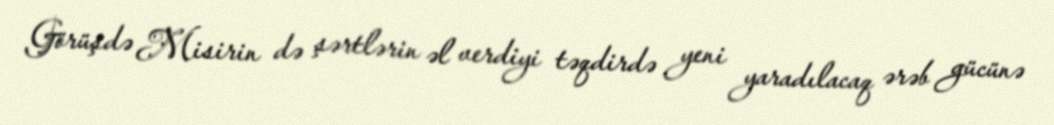
Görüşdə Misirin də şərtlərin əl verdiyi təqdirdə yeni yaradılacaq ərəb gücünə